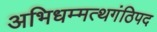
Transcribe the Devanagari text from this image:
अभिधम्मत्थगंठिपद